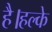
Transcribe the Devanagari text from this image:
है।हल्के